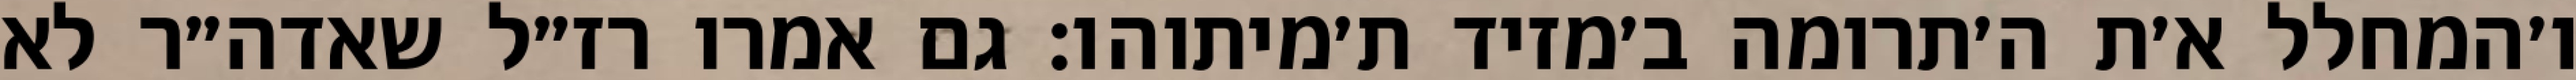
ו׳המחלל א׳ת ה׳תרומה ב׳מזיד ת׳מיתוהו: גם אמרו רז״ל שאדה״ר לא